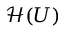
{ \mathcal { H } } ( U )